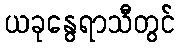
ယခုနွေရာသီတွင်